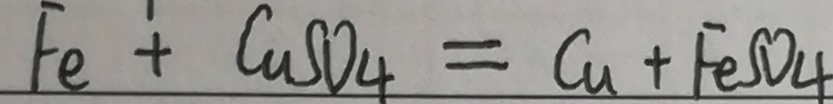
F e + C u S O _ { 4 } = C u + F e S O _ { 4 }